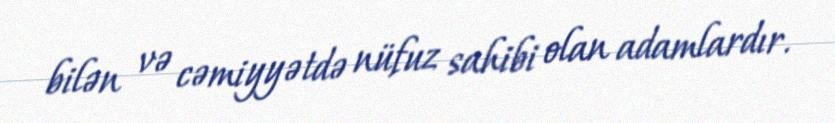
bilən və cəmiyyətdə nüfuz sahibi olan adamlardır.